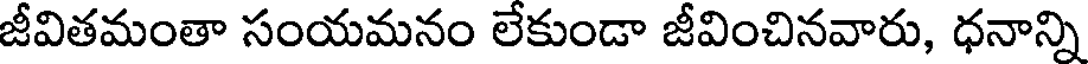
జీవితమంతా సంయమనం లేకుండా జీవించినవారు, ధనాన్ని